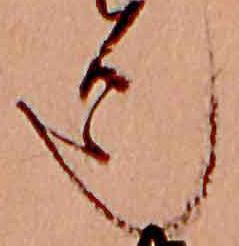
也